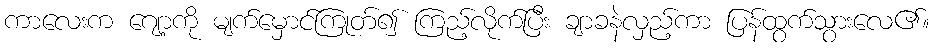
ကာလေးက ဂျော့ကို မျက်မှောင်ကြုတ်၍ ကြည့်လိုက်ပြီး ချာခနဲလှည့်ကာ ပြန်ထွက်သွားလေ၏။